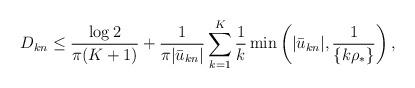
LaTeX: \begin{align*} D_{k n} \le { \log 2 \over \pi (K+1)}+{1 \over \pi |\bar {u}_{k n}|} \sum_{k=1}^K {1 \over k} \min\left(|\bar {u}_{k n}|,{1 \over \{ k \rho_*\}}\right), \end{align*}